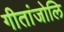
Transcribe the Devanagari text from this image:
गीतांजोलि